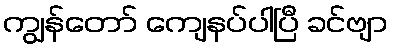
ကျွန်တော် ကျေနပ်ပါပြီ ခင်ဗျာ